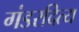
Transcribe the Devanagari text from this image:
गंडरदित्य